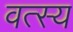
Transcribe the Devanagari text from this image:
वत्स्य